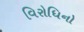
વિરોધિનો